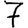
Digit: 7